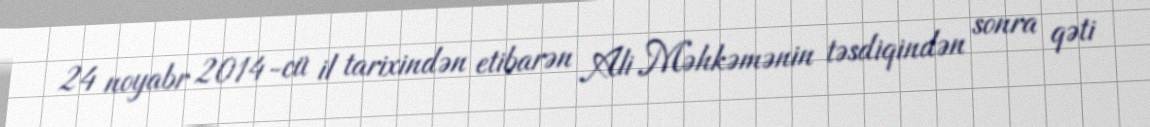
24 noyabr 2014-cü il tarixindən etibarən Ali Məhkəmənin təsdiqindən sonra qəti